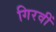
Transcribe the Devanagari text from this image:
गिरवीं